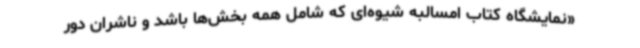
«نمایشگاه کتاب امسالبه شیوه‌ای که شامل همه بخش‌ها باشد و ناشران دور